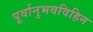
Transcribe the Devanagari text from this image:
पूर्वानुभवविहिन